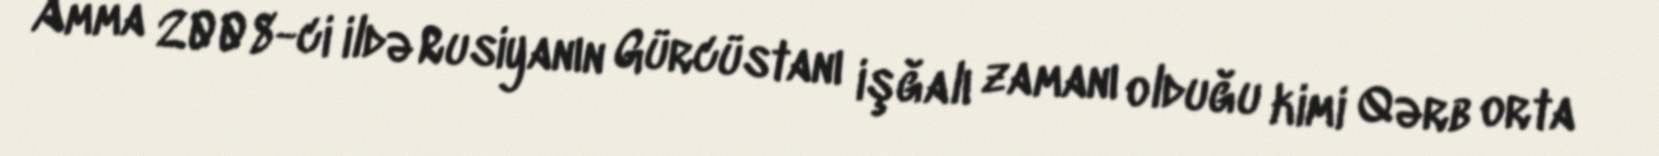
Amma 2008-ci ildə Rusiyanın Gürcüstanı işğalı zamanı olduğu kimi Qərb orta